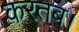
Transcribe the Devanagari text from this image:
करतब।